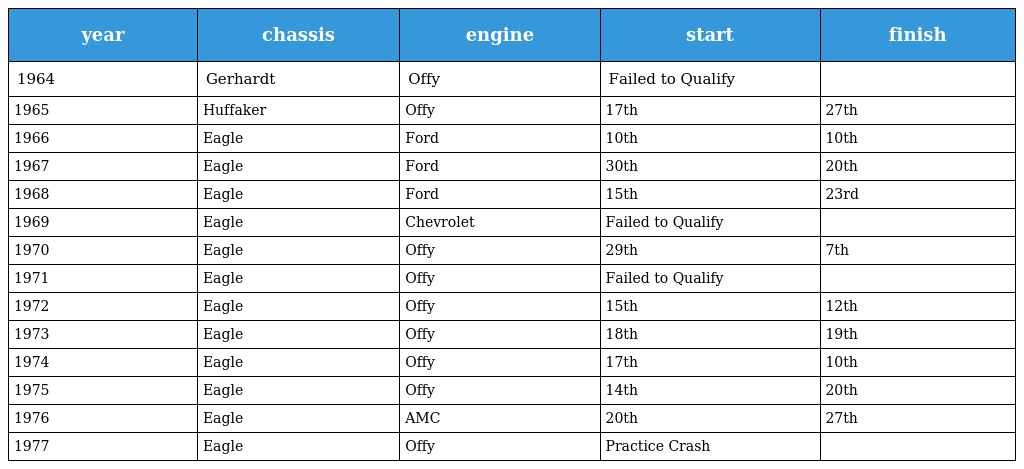
| year | chassis | engine | start | finish |
 | --- | --- | --- | --- | --- |
 | 1964 | Gerhardt | Offy | Failed to Qualify |  |
 | 1965 | Huffaker | Offy | 17th | 27th |
 | 1966 | Eagle | Ford | 10th | 10th |
 | 1967 | Eagle | Ford | 30th | 20th |
 | 1968 | Eagle | Ford | 15th | 23rd |
 | 1969 | Eagle | Chevrolet | Failed to Qualify |  |
 | 1970 | Eagle | Offy | 29th | 7th |
 | 1971 | Eagle | Offy | Failed to Qualify |  |
 | 1972 | Eagle | Offy | 15th | 12th |
 | 1973 | Eagle | Offy | 18th | 19th |
 | 1974 | Eagle | Offy | 17th | 10th |
 | 1975 | Eagle | Offy | 14th | 20th |
 | 1976 | Eagle | AMC | 20th | 27th |
 | 1977 | Eagle | Offy | Practice Crash |  |